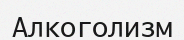
Алкоголизм